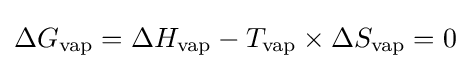
\Delta G_{\text{vap}}=\Delta H_{\text{vap}}-T_{\text{vap}}\times \Delta S_{\text{vap}}=0